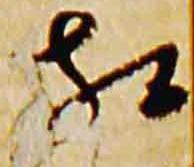
相